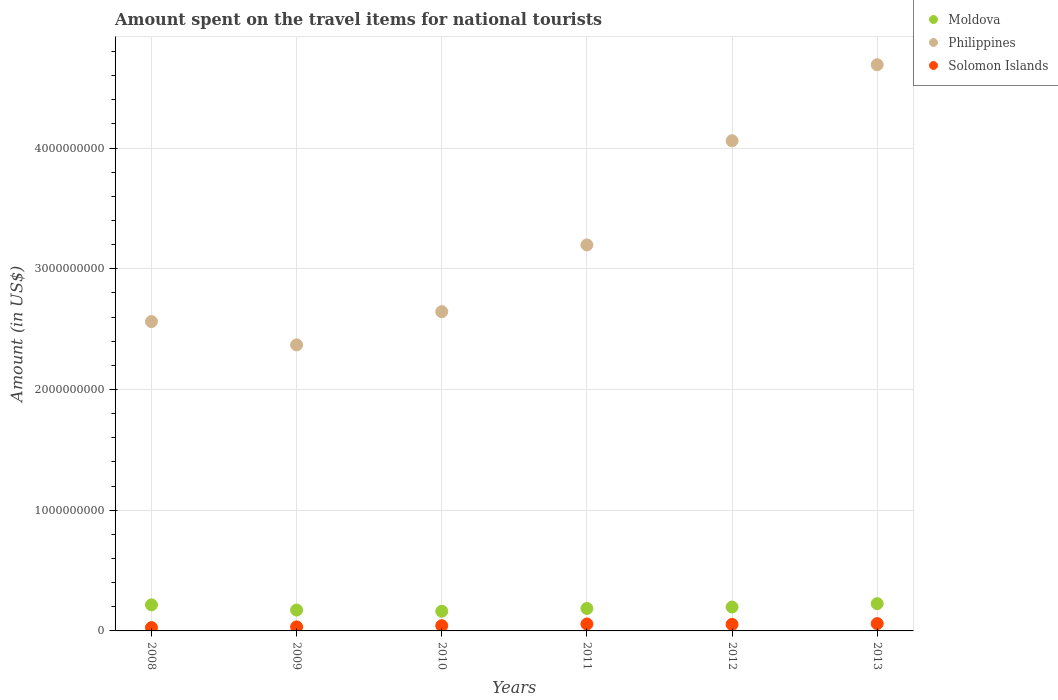
| Years | Moldova | Philippines | Solomon Islands |
 | --- | --- | --- | --- |
 | 2008 | 2.16e+08 | 2.56e+09 | 2.75e+07 |
 | 2009 | 1.73e+08 | 2.37e+09 | 3.34e+07 |
 | 2010 | 1.63e+08 | 2.64e+09 | 4.35e+07 |
 | 2011 | 1.86e+08 | 3.2e+09 | 5.73e+07 |
 | 2012 | 1.98e+08 | 4.06e+09 | 5.41e+07 |
 | 2013 | 2.26e+08 | 4.69e+09 | 6.06e+07 |